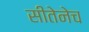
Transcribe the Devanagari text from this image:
सीतेनेच